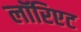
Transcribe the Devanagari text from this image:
लॉरिएट